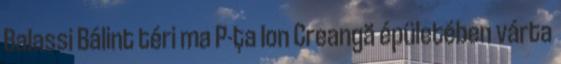
Balassi Bálint téri ma P-ţa Ion Creangă épületében várta